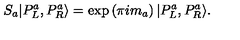
S _ { a } | P _ { L } ^ { a } , P _ { R } ^ { a } \rangle = \exp \left( \pi i m _ { a } \right) | P _ { L } ^ { a } , P _ { R } ^ { a } \rangle .